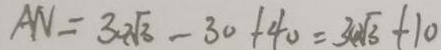
A N = 3 0 \sqrt { 3 } - 3 0 + 4 0 = 3 0 \sqrt { 3 } + 1 0